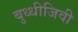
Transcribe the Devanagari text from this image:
बुध्धीजिवी